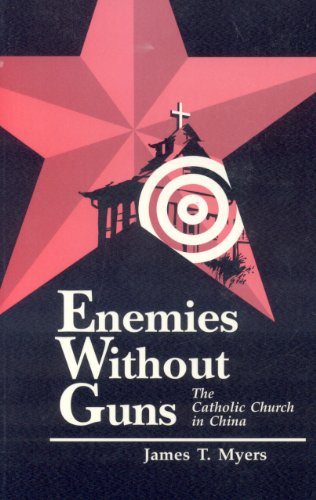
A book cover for Enemies Without Guns: The Catholic Church in the People's Republic of China; James Myers; Christian Books & Bibles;